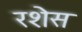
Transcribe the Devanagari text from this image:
रशेस